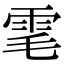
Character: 雮